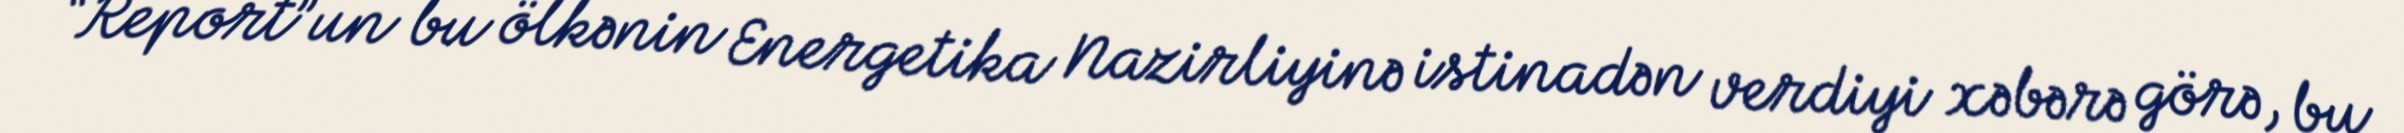
“Report”un bu ölkənin Energetika Nazirliyinə istinadən verdiyi xəbərə görə, bu